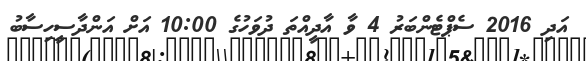
އަދި 2016 ސެޕްޓެންބަރު 4 ވާ އާދީއްތަ ދުވަހުގެ 10:00 އަށް އަންދާސީހިސާބު